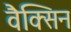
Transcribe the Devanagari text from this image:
वैक्सिन